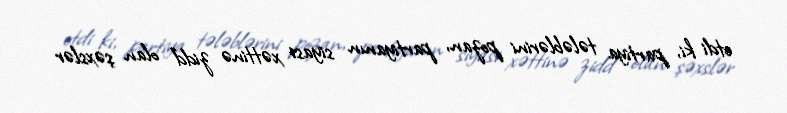
etdi ki, partiya tələblərini pozan, partiyanın siyasi xəttinə zidd olan şəxslər